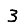
Digit: 3